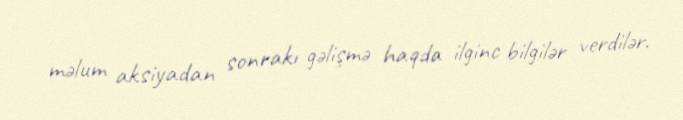
məlum aksiyadan sonrakı gəlişmə haqda ilginc bilgilər verdilər.